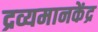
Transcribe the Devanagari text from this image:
द्रव्यमानकेंद्र